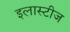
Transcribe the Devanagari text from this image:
इलास्टीज